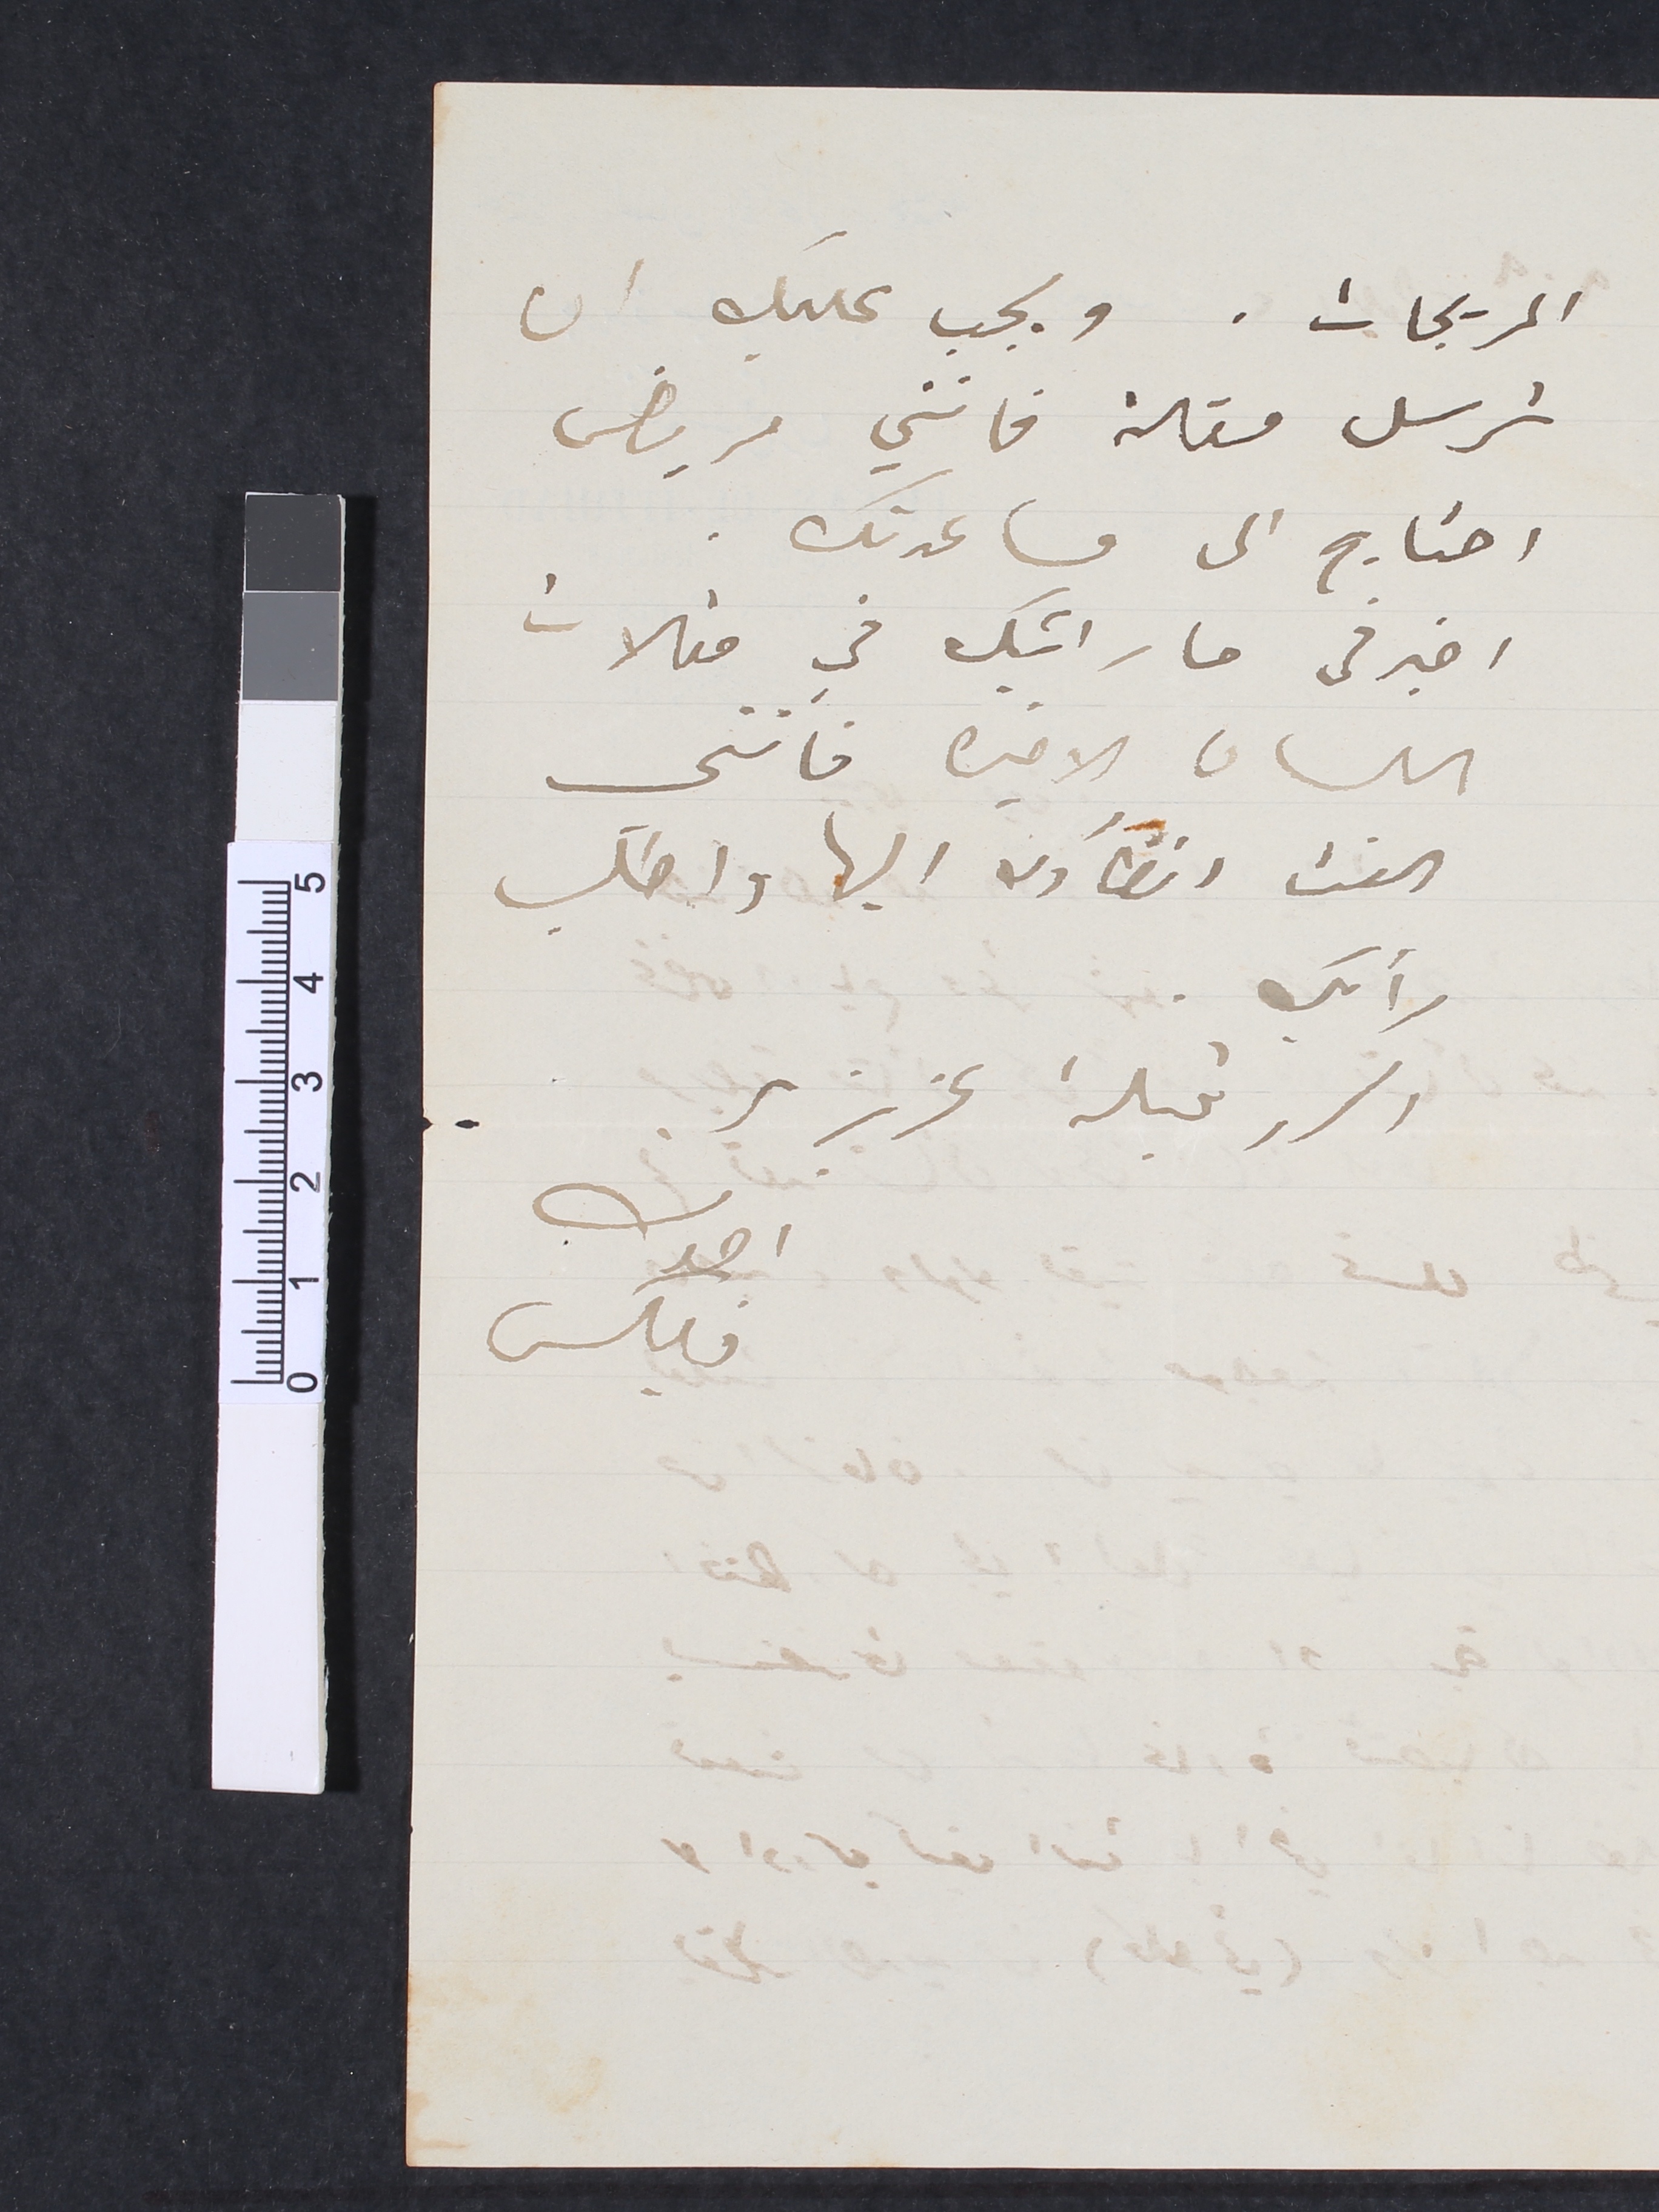
المريجات.. ويجب عليك ان
ترسل مقالة فانني مريض
احتاج الى مساعدتك.
اخبرني ما رأيك في مقالات
اللسان الاخيره فانني
الفت انظارك اليها واطلب
رأيك.
اكرر قبلة عزيزي
اخوك
فليكس